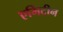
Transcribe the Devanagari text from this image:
एमिटीन